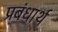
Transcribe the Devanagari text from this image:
प्रबंधार्थ